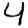
Digit: 4